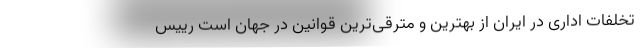
تخلفات اداری در ایران از بهترین و مترقی‌ترین قوانین در جهان است رییس